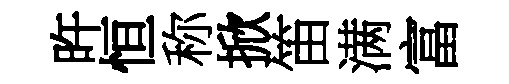
旿恒称掀笛满富